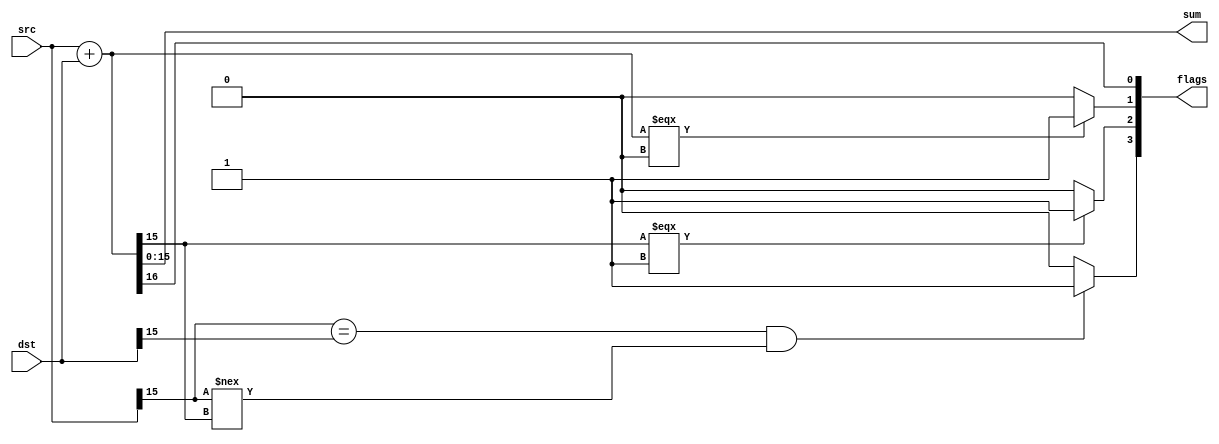
module Add(input[15:0] src, input[15:0] dst, output[15:0] sum, output[3:0] flags);
// flags -> 0 : carry, 1 : zero, 2 : negative, 3: overflow
assign {flags[0], sum} = src + dst;
assign flags[1] = {flags[0], sum} === 0 ? 1 : 0;
assign flags[2] = sum[15] === 1 ? 1 : 0;
assign flags[3] = (src[15] == dst[15] && src[15] !== sum[15]) ? 1 : 0;

endmodule

module Invert(input[15:0] operand, output[15:0] result, output zero_flag);
// flags -> 0 : carry, 1 : zero, 2 : negative, 3: overflow
assign result = ~operand;
assign zero_flag = result === 0 ? 1 : 0;

endmodule

module NOP();
endmodule

module ALU_Execute(input clk, input[2:0] operation, input[15:0] src, input[15:0] dst, output reg[15:0] result, output reg[3:0] flags);
// flags -> 0: carry, 1: zero, 2: negative, 3: overflow

 always @ (*) begin
 	if(operation === 3'b000)	// Add
	begin
	{flags[0], result} = src + dst;
	flags[1] =  result === 0 ? 1 : 0;
	flags[2] = result[15] === 1 ? 1 : 0;
	flags[3] = (src[15] == dst[15] && src[15] !== result[15]) ? 1 : 0;
	end

	if(operation == 3'b001)		// Invert
	begin
	result = ~src;
	flags[0] =  0;
	flags[1] = result === 0 ? 1 : 0;
	flags[2] =  0;
	flags[3] =  0;
	end

	if(operation == 3'b100)		// NOP
	begin

	 end

	if(operation === 3'b011)	// Store
	begin
	result = dst;
	end

	if(operation === 3'b010)	// Load
	begin
	{flags[0], result} = src + dst;
	flags[1] =  result === 0 ? 1 : 0;
	flags[2] = result[15] === 1 ? 1 : 0;
	flags[3] = (src[15] == dst[15] && src[15] !== result[15]) ? 1 : 0;
	end
 end
endmodule